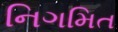
નિગમિત